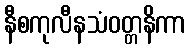
နီစကုလီနသံဝတ္တနိကာ